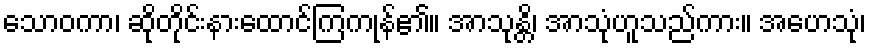
သောဝကာ၊ ဆိုတိုင်းနားထောင်ကြကုန်၏။ အာသုန္တိ၊ အာသုံဟူသည်ကား။ အဟေသုံ၊